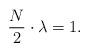
LaTeX: \begin{align*} \frac{N}{2} \cdot \lambda = 1.\end{align*}